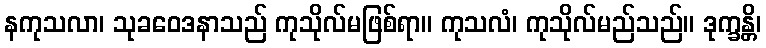
နကုသလာ၊ သုခဝေဒနာသည် ကုသိုလ်မဖြစ်ရာ။ ကုသလံ၊ ကုသိုလ်မည်သည်။ ဒုက္ခန္တိ၊